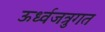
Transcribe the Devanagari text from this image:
ऊर्ध्वजत्रुगत